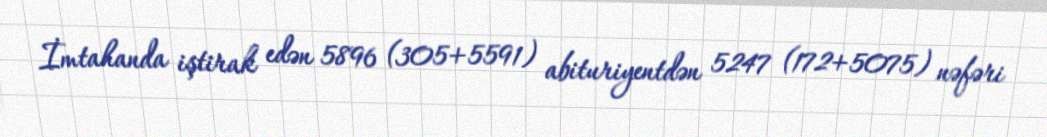
İmtahanda iştirak edən 5896 (305+5591) abituriyentdən 5247 (172+5075) nəfəri